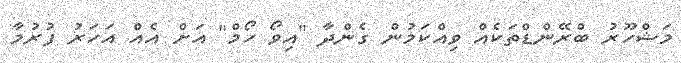
މަޝްހޫރު ބްރޭންޑްތަކެއް ވިއްކަމުން ގެންދާ "އިވޯ ހޯމް" އަށް އެއް އަހަރު ފުރުމާ